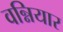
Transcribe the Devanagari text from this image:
वन्नियार